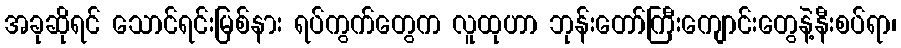
အခုဆိုရင် သောင်ရင်းမြစ်နား ရပ်ကွက်တွေက လူထုဟာ ဘုန်းတော်ကြီးကျောင်းတွေနဲ့နီးစပ်ရာ၊